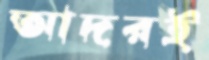
আদরই